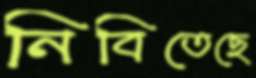
নিবিতেছে